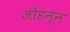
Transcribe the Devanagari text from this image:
जोहन्न